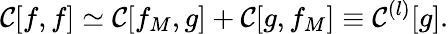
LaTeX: \mathcal{C}[f,f]\simeq\mathcal{C}[f_{M},g]+\mathcal{C}[g,f_{M}]\equiv\mathcal{C}^{(l)}[g].